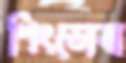
শিংডোবা